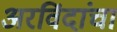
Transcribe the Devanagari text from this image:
अरविंदांचा